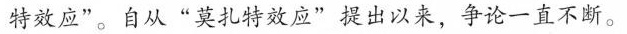
特姓应”，自从”莫扎效应”出以，争论一直不断。